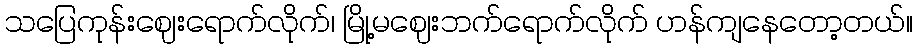
သပြေကုန်းဈေးရောက်လိုက်၊ မြို့မဈေးဘက်ရောက်လိုက် ဟန်ကျနေတော့တယ်။